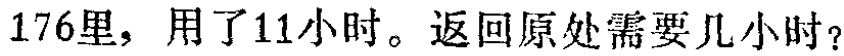
176里，用了11小时。返回原处需要几小时？